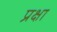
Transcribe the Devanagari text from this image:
प्रक्षा